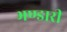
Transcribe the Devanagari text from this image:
भण्‍डारी